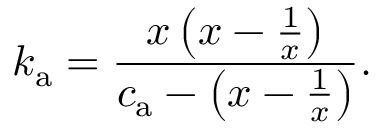
k _ { \mathrm { a } } = \frac { x \left( x - \frac { 1 } { x } \right) } { c _ { \mathrm { a } } - \left( x - \frac { 1 } { x } \right) } .